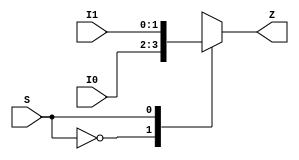
module mux(I0, I1, S, Z);
  input [0:1] I0;
  input [0:1] I1;
  input S;
  output [0:1] Z;
  reg [0:1] Z;

  always @(I0, I1, S)
  begin
    case (S)
      0: Z = I0;
      1: Z = I1; 
    endcase
  end
endmodule